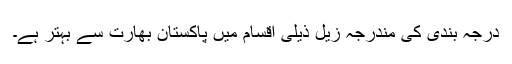
درجہ بندی کی مندرجہ زیل ذیلی اقسام میں پاکستان بھارت سے بہتر ہے۔